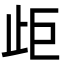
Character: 歫